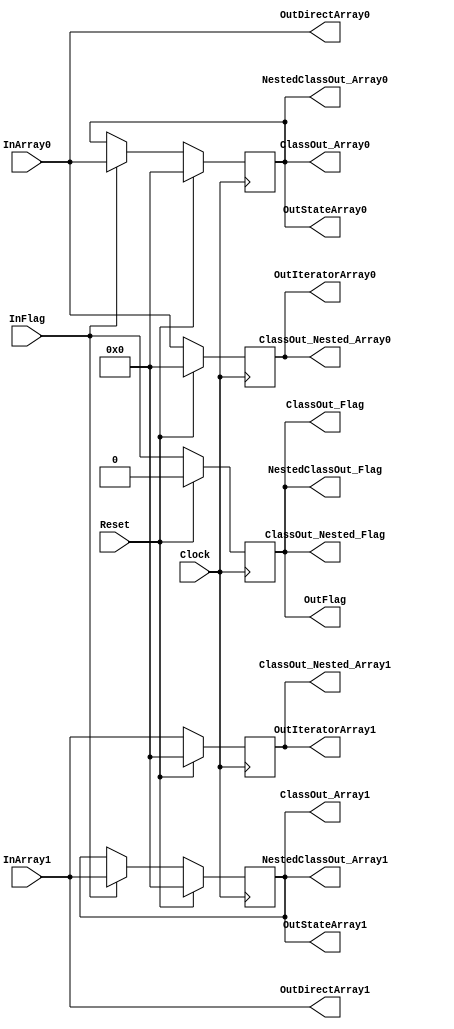
`timescale 1ns/1ps
`default_nettype none
// PLEASE READ THIS, IT MAY SAVE YOU SOME TIME AND MONEY, THANK YOU!
// * This file was generated by Quokka FPGA Toolkit.
// * Generated code is your property, do whatever you want with it
// * Place custom code between [BEGIN USER ***] and [END USER ***].
// * CAUTION: All code outside of [USER] scope is subject to regeneration.
// * Bad things happen sometimes in developer's life,
//   it is recommended to use source control management software (e.g. git, bzr etc) to keep your custom code safe'n'sound.
// * Internal structure of code is subject to change.
//   You can use some of signals in custom code, but most likely they will not exist in future (e.g. will get shorter or gone completely)
// * Please send your feedback, comments, improvement ideas etc. to evmuryshkin@gmail.com
// * Visit https://github.com/EvgenyMuryshkin/QuokkaEvaluation to access latest version of playground
//
// DISCLAIMER:
//   Code comes AS-IS, it is your responsibility to make sure it is working as expected
//   no responsibility will be taken for any loss or damage caused by use of Quokka toolkit.
//
// System configuration name is IOTestModule_TopLevel, clock frequency is 1Hz, Top-level
// FSM summary
// -- Packages
module IOTestModule_TopLevel
(
	// [BEGIN USER PORTS]
	// [END USER PORTS]
	input wire Clock,
	input wire Reset,
	input wire [7:0] InArray0,
	input wire [7:0] InArray1,
	input wire InFlag,
	output wire [7:0] ClassOut_Array0,
	output wire [7:0] ClassOut_Array1,
	output wire ClassOut_Flag,
	output wire [7:0] ClassOut_Nested_Array0,
	output wire [7:0] ClassOut_Nested_Array1,
	output wire ClassOut_Nested_Flag,
	output wire [7:0] NestedClassOut_Array0,
	output wire [7:0] NestedClassOut_Array1,
	output wire NestedClassOut_Flag,
	output wire [7:0] OutDirectArray0,
	output wire [7:0] OutDirectArray1,
	output wire OutFlag,
	output wire [7:0] OutIteratorArray0,
	output wire [7:0] OutIteratorArray1,
	output wire [7:0] OutStateArray0,
	output wire [7:0] OutStateArray1
);
	// [BEGIN USER SIGNALS]
	// [END USER SIGNALS]
	localparam HiSignal = 1'b1;
	localparam LoSignal = 1'b0;
	wire Zero = 1'b0;
	wire One = 1'b1;
	wire true = 1'b1;
	wire false = 1'b0;
	wire [7: 0] State_ArrayDefault = 8'b00000000;
	wire [7: 0] State_IteratorArrayDefault = 8'b00000000;
	wire [1: 0] size = 2'b10;
	wire IOTestModule_L73F9L81T10_IOTestModule_L79F13L80T68_0_idx = 1'b0;
	wire IOTestModule_L73F9L81T10_IOTestModule_L79F13L80T68_1_idx = 1'b1;
	wire Inputs_InFlag;
	reg NextState_Flag;
	reg State_Flag = 1'b0;
	wire State_FlagDefault = 1'b0;
	wire [7 : 0] Inputs_InArray [0 : 1];
	integer State_Array_Iterator;
	reg [7 : 0] State_Array [0 : 1];
	initial
	begin : Init_State_Array
		for (State_Array_Iterator = 0; State_Array_Iterator < 2; State_Array_Iterator = State_Array_Iterator + 1)
			State_Array[State_Array_Iterator] = 0;
	end
	integer NextState_Array_Iterator;
	reg [7 : 0] NextState_Array [0 : 1];
	initial
	begin : Init_NextState_Array
		for (NextState_Array_Iterator = 0; NextState_Array_Iterator < 2; NextState_Array_Iterator = NextState_Array_Iterator + 1)
			NextState_Array[NextState_Array_Iterator] = 0;
	end
	integer State_IteratorArray_Iterator;
	reg [7 : 0] State_IteratorArray [0 : 1];
	initial
	begin : Init_State_IteratorArray
		for (State_IteratorArray_Iterator = 0; State_IteratorArray_Iterator < 2; State_IteratorArray_Iterator = State_IteratorArray_Iterator + 1)
			State_IteratorArray[State_IteratorArray_Iterator] = 0;
	end
	integer NextState_IteratorArray_Iterator;
	reg [7 : 0] NextState_IteratorArray [0 : 1];
	initial
	begin : Init_NextState_IteratorArray
		for (NextState_IteratorArray_Iterator = 0; NextState_IteratorArray_Iterator < 2; NextState_IteratorArray_Iterator = NextState_IteratorArray_Iterator + 1)
			NextState_IteratorArray[NextState_IteratorArray_Iterator] = 0;
	end
	always @ (posedge Clock)
	begin
		if ((Reset == 1))
		begin
			State_Flag <= State_FlagDefault;
		end
		else
		begin
			State_Flag <= NextState_Flag;
		end
	end
	always @ (posedge Clock)
	begin
		if ((Reset == 1))
		begin
			for (State_Array_Iterator = 0; (State_Array_Iterator < 2); State_Array_Iterator = (State_Array_Iterator + 1))
			begin
				State_Array[State_Array_Iterator] <= State_ArrayDefault;
			end
		end
		else
		begin
			for (State_Array_Iterator = 0; (State_Array_Iterator < 2); State_Array_Iterator = (State_Array_Iterator + 1))
			begin
				State_Array[State_Array_Iterator] <= NextState_Array[State_Array_Iterator];
			end
		end
	end
	always @ (posedge Clock)
	begin
		if ((Reset == 1))
		begin
			for (State_IteratorArray_Iterator = 0; (State_IteratorArray_Iterator < 2); State_IteratorArray_Iterator = (State_IteratorArray_Iterator + 1))
			begin
				State_IteratorArray[State_IteratorArray_Iterator] <= State_IteratorArrayDefault;
			end
		end
		else
		begin
			for (State_IteratorArray_Iterator = 0; (State_IteratorArray_Iterator < 2); State_IteratorArray_Iterator = (State_IteratorArray_Iterator + 1))
			begin
				State_IteratorArray[State_IteratorArray_Iterator] <= NextState_IteratorArray[State_IteratorArray_Iterator];
			end
		end
	end
	always @ (*)
	begin
		NextState_Array_Iterator = 0;
		NextState_IteratorArray_Iterator = 0;
		for (NextState_Array_Iterator = 0; (NextState_Array_Iterator < 2); NextState_Array_Iterator = (NextState_Array_Iterator + 1))
		begin
			NextState_Array[NextState_Array_Iterator] = State_Array[NextState_Array_Iterator];
		end
		for (NextState_IteratorArray_Iterator = 0; (NextState_IteratorArray_Iterator < 2); NextState_IteratorArray_Iterator = (NextState_IteratorArray_Iterator + 1))
		begin
			NextState_IteratorArray[NextState_IteratorArray_Iterator] = State_IteratorArray[NextState_IteratorArray_Iterator];
		end
		NextState_Flag = State_Flag;
		NextState_Flag = Inputs_InFlag;
		if ((Inputs_InFlag == 1))
		begin
			NextState_Array[0] = Inputs_InArray[0];
			NextState_Array[1] = Inputs_InArray[1];
		end
		NextState_IteratorArray[0] = Inputs_InArray[0];
		NextState_IteratorArray[1] = Inputs_InArray[1];
	end
	assign Inputs_InArray[0] = InArray0;
	assign Inputs_InArray[1] = InArray1;
	assign Inputs_InFlag = InFlag;
	assign ClassOut_Array0 = State_Array[0];
	assign ClassOut_Array1 = State_Array[1];
	assign ClassOut_Flag = State_Flag;
	assign ClassOut_Nested_Array0 = State_IteratorArray[0];
	assign ClassOut_Nested_Array1 = State_IteratorArray[1];
	assign ClassOut_Nested_Flag = State_Flag;
	assign NestedClassOut_Array0 = State_Array[0];
	assign NestedClassOut_Array1 = State_Array[1];
	assign NestedClassOut_Flag = State_Flag;
	assign OutDirectArray0 = Inputs_InArray[0];
	assign OutDirectArray1 = Inputs_InArray[1];
	assign OutFlag = State_Flag;
	assign OutIteratorArray0 = State_IteratorArray[0];
	assign OutIteratorArray1 = State_IteratorArray[1];
	assign OutStateArray0 = State_Array[0];
	assign OutStateArray1 = State_Array[1];
	// [BEGIN USER ARCHITECTURE]
	// [END USER ARCHITECTURE]
endmodule